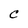
Character: C